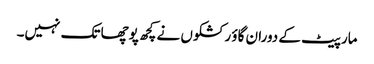
مارپیٹ کے دوران گاؤ رکشکوں نے کچھ پوچھا تک نہیں۔